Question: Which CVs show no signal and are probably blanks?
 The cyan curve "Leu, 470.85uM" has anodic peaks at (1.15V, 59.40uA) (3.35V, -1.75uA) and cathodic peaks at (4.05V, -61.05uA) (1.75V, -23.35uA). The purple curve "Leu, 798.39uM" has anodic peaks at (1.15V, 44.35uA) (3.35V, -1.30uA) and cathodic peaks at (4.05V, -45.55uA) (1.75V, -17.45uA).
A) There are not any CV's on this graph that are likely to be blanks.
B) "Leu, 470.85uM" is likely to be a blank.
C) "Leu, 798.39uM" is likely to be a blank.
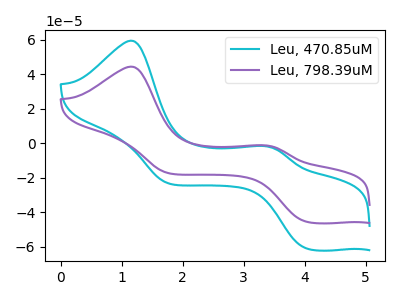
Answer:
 <answer>A) There are not any CV's on this graph that are likely to be blanks.</answer>
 <eval>A</eval>